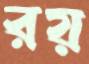
রয়